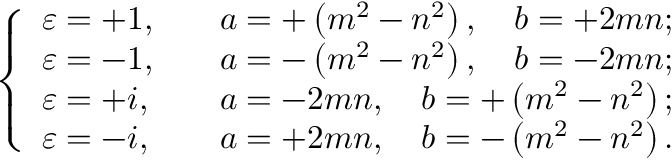
{ \left\{ \begin{array} { l l } { \varepsilon = + 1 , } & { \quad a = + \left( m ^ { 2 } - n ^ { 2 } \right) , \quad b = + 2 m n ; } \\ { \varepsilon = - 1 , } & { \quad a = - \left( m ^ { 2 } - n ^ { 2 } \right) , \quad b = - 2 m n ; } \\ { \varepsilon = + i , } & { \quad a = - 2 m n , \quad b = + \left( m ^ { 2 } - n ^ { 2 } \right) ; } \\ { \varepsilon = - i , } & { \quad a = + 2 m n , \quad b = - \left( m ^ { 2 } - n ^ { 2 } \right) . } \end{array} \right. }